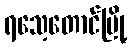
ရသေ့တောင်မြို့